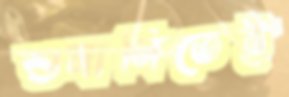
শুনানিতেই